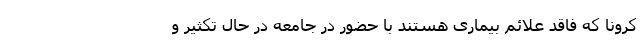
کرونا که فاقد علائم بیماری هستند با حضور در جامعه در حال تکثیر و